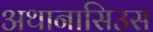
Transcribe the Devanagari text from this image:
अथानासिउस